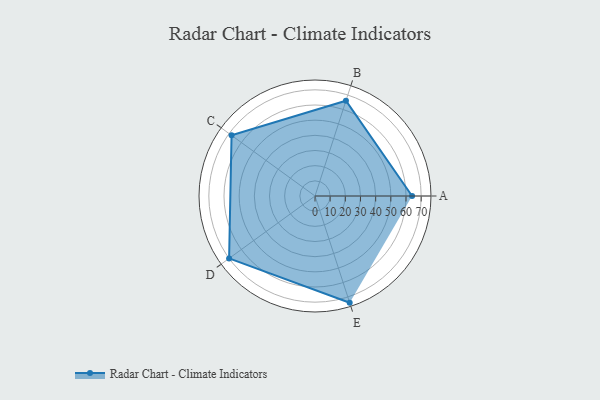
{"axis": {"x": "Skill", "y": "Score"}, "legend": ["Profile"], "data": [{"x": "A", "y": 64.0, "type": "Profile"}, {"x": "B", "y": 66.0, "type": "Profile"}, {"x": "C", "y": 68.0, "type": "Profile"}, {"x": "D", "y": 70.0, "type": "Profile"}, {"x": "E", "y": 74.0, "type": "Profile"}]}